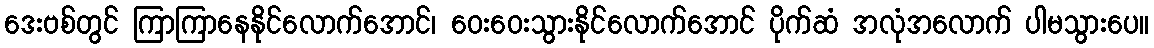
ဒေးဗစ်တွင် ကြာကြာနေနိုင်လောက်အောင်၊ ဝေးဝေးသွားနိုင်လောက်အောင် ပိုက်ဆံ အလုံအလောက် ပါမသွားပေ။